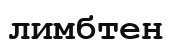
лимбтен